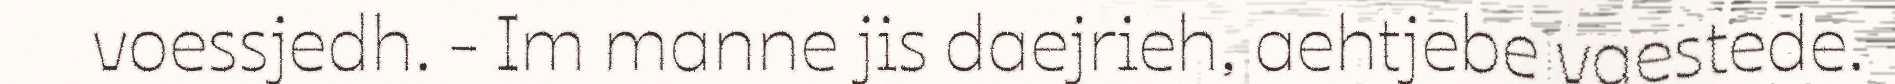
voessjedh. - Im manne jis daejrieh, aehtjebe vaestede.